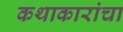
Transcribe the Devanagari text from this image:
कथाकारांचा